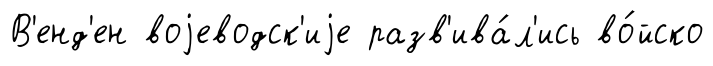
В'енд'ен воjеводск'иjе разв'ива́л'ись во́йско